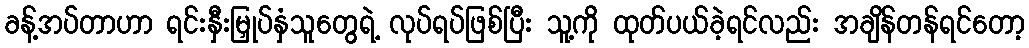
ခန့်အပ်တာဟာ ရင်းနှီးမြှုပ်နှံသူတွေရဲ့ လုပ်ရပ်ဖြစ်ပြီး သူ့ကို ထုတ်ပယ်ခဲ့ရင်လည်း အချိန်တန်ရင်တော့